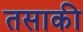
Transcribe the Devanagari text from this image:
तसाकी